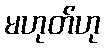
မဟုတ်ဟု